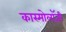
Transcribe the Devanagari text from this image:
कास्मोलॉजी